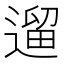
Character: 遛